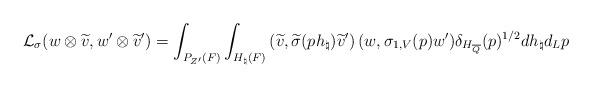
LaTeX: \begin{align*}\displaystyle \mathcal{L}_{\sigma}(w\otimes \widetilde{v},w'\otimes \widetilde{v}')=\int_{P_{Z'}(F)}\int_{H_\natural(F)} \left(\widetilde{v},\widetilde{\sigma}(ph_\natural)\widetilde{v}'\right) (w,\sigma_{1,V}(p)w')\delta_{H_{\overline{Q}}}(p)^{1/2} dh_\natural d_Lp\end{align*}